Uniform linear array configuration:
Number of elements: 48
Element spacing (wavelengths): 1
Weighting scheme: exponential
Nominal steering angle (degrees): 45
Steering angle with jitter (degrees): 46.123
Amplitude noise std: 0.05
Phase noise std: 0.05

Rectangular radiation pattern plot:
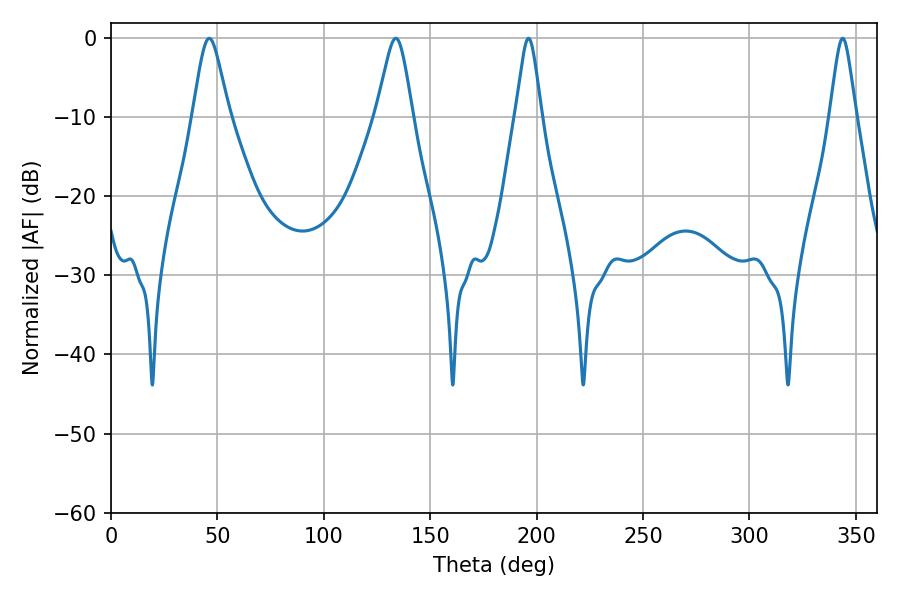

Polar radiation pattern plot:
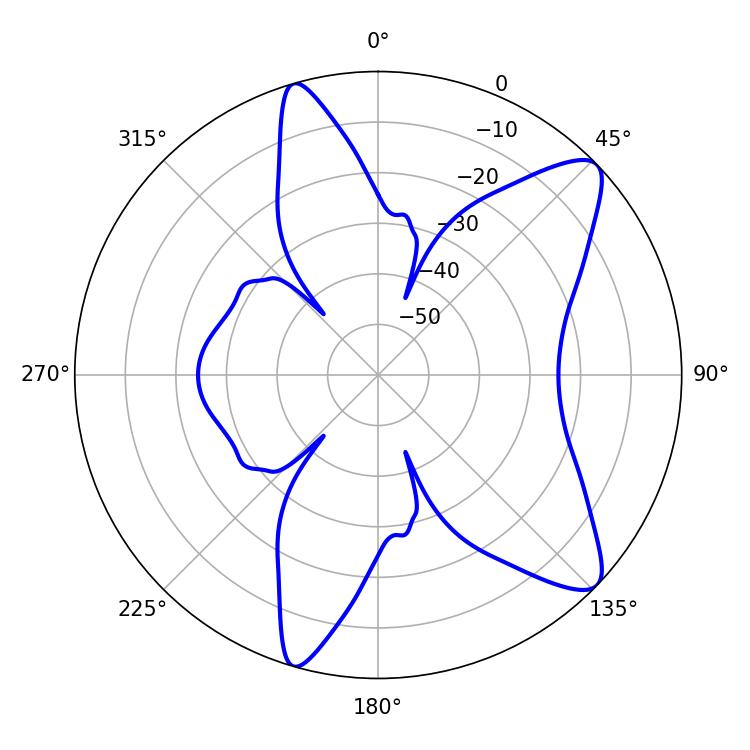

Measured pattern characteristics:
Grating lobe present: TRUE
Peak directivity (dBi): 10.227
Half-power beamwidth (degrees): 5.76
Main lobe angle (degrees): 196.2